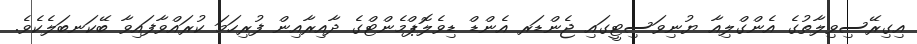
އިގިރޭސިވިލާތުގެ އެންގްލިއާ ޔުނިވަސިޓީގައި ޖެންޑަރ އެންޑް ޑިވެލޮޕްމެންޓްގެ ދާއިރާއިން ފުރިހަމަ ކުރައްވާފައިވާ ބޭކަނބަލެކެވެ.